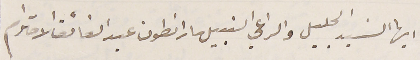
ايها السَيد الجليل والراعي النبيل مار انطون عبد الفائق الاحترام